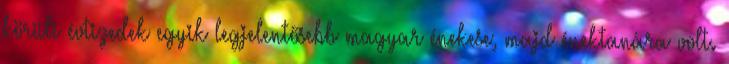
körüli évtizedek egyik legjelentősebb magyar énekese, majd énektanára volt.